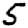
Digit: 5